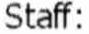
STAFF: